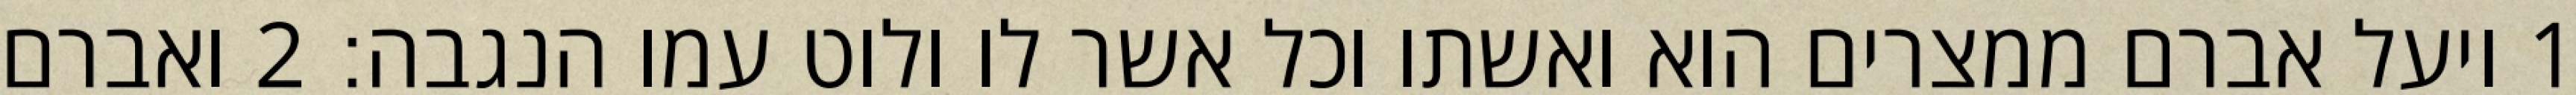
1 ויעל אברם ממצרים הוא ואשתו וכל אשר לו ולוט עמו הנגבה׃ ‎2‏ ואברם